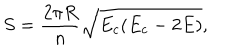
S = \frac { 2 \pi R } { n } \sqrt { E _ { c } ( E _ { c } - 2 E ) } ,